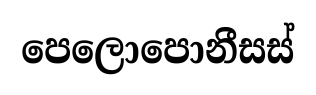
පෙලොපොනීසස්